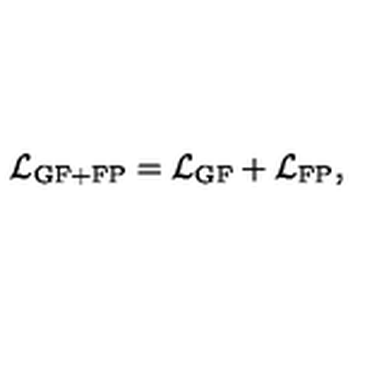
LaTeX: { \cal L } _ { \mathrm { G F + F P } } = { \cal L } _ { \mathrm { G F } } + { \cal L } _ { \mathrm { F P } } ,